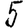
Digit: 5